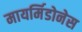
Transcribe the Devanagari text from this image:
मायर्मिडोनेस